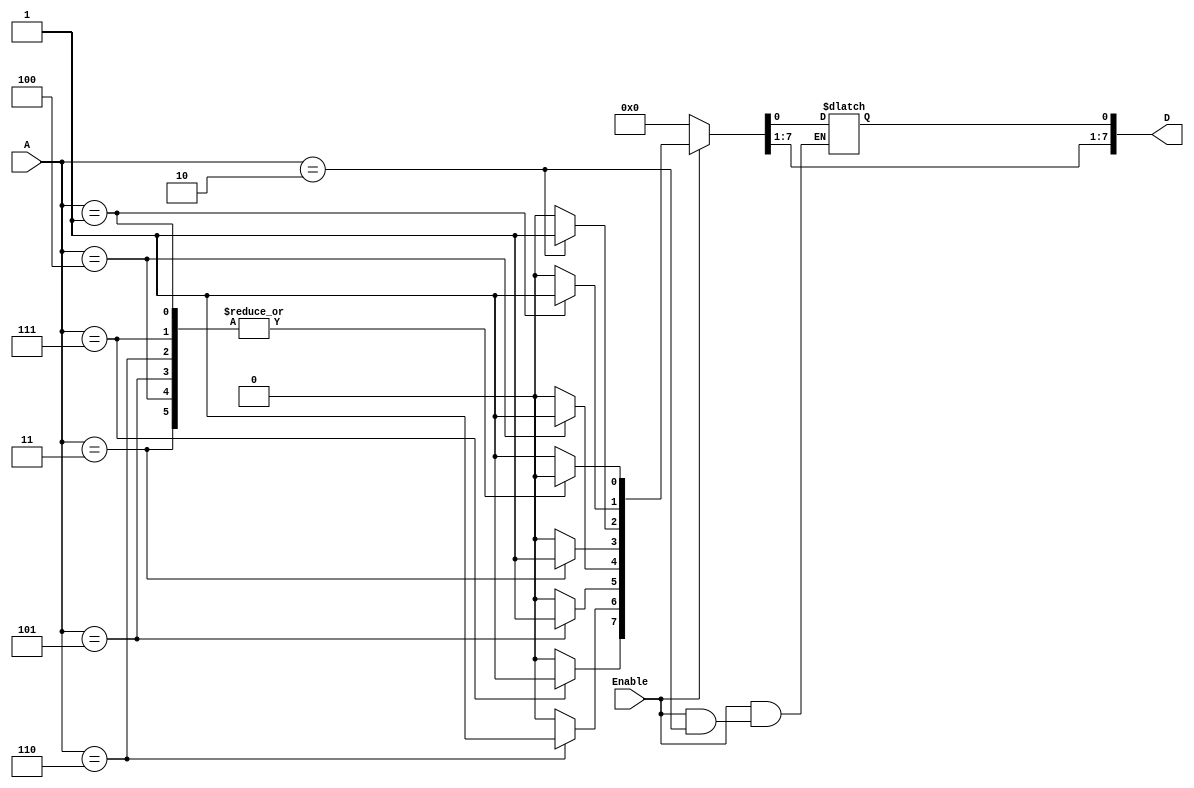
`timescale 1ns / 1ps
//////////////////////////////////////////////////////////////////////////////////
// Company: 
// Engineer: 
// 
// Design Name: 
// Module Name:    decoder_3_to_8 
// Project Name: 
// Target Devices: 
// Tool versions: 
// Description: 
//
// Dependencies: 
//
// Revision: 
// Revision 0.01 - File Created
// Additional Comments: 
//
//////////////////////////////////////////////////////////////////////////////////

module decoder_3_to_8(D,A,Enable);

//Inputs
input [2:0] A;
input Enable;

//outputs
output reg [7:0] D; 

//Case selections

always @(*)
if (Enable) case (A)
					3'b000: begin
							  D[0] = 1;
							  D[7:1] = 0;
							  end
					3'b001: begin
							  D[1] = 1;
							  {D[7:2],D[0]} = 0;
							  end
					3'b010: begin
							  D[2] = 1;
							  {D[7:3],D[1]} = 0;
							  end
					3'b011: begin
							  D[3] = 1;
							  {D[7:4],D[2:0]} = 0;
							  end
					3'b100: begin
							  D[4] = 1;
							  {D[7:5],D[3:0]} = 0;
							  end
					3'b101: begin
							  D[5] = 1;
							  {D[7:6],D[4:0]} = 0;
							  end
					3'b110: begin
							  D[6] = 1;
							  {D[7],D[5:0]} = 0;
							  end
					3'b111: begin
							  D[7] = 1;
							  D[6:0] = 0;
							  end		  
					endcase
else D[7:0] = 0;					
endmodule